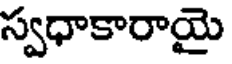
స్వధాకారాయై